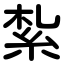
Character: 紮